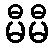
မီမီ